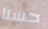
حسنآ